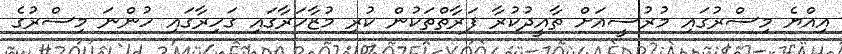
އިއްޔެ މިސްރުގައި މުރުސީއަށް ތާއީދުކުރާ ފަރާތްތަކުން ކުރި މުޒާހަރާގައި ގަހިރާގައި ހުންނަ މިސްރުގެ